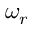
\omega _ { r }